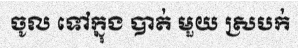
ចូល ទៅក្នុង បាត់ មួយ ស្របក់